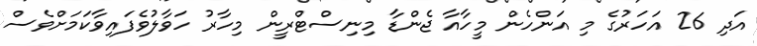
އަދި 26 އަހަރުގެ މި އަންހެން މީހާއާ ޖެންޑާ މިނިސްޓްރީން މިހާރު ހަވާލުވެފައިވާކަމަށްވެސް